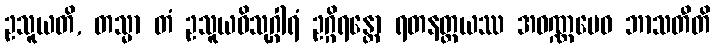
ဥသူယတိ, တသ္မာ တံ ဥသူယဝိသုဂ္ဂါရံ ဥဂ္ဂိရန္တော ရတနတ္တယဿ အဝဏ္ဏမေဝ ဘာသတီတိ